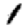
Digit: 1